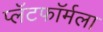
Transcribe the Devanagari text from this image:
प्लॅटफॉर्मला